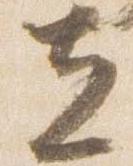
立